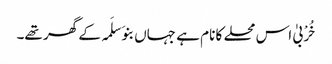
خُرْبیٰ اس محلے کا نام ہے جہاں بنو َسلَمہ کے گھر تھے۔